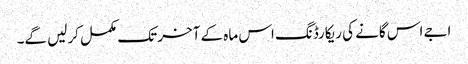
اجے اس گانے کی ریکارڈنگ اس ماہ کے آخر تک مکمل کرلیں گے۔